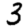
Digit: 3